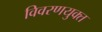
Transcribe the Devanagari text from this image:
विवरणयुक्त